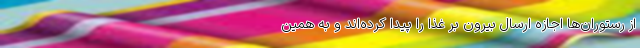
از رستوران‌ها اجازه ارسال بیرون بر غذا را پیدا کرده‌اند و به همین